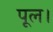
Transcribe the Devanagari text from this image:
पूल।